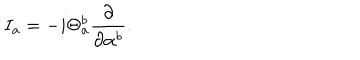
LaTeX: I _ { a } = - i \Theta _ { a } ^ { b } \frac { \partial } { \partial \alpha ^ { b } } .